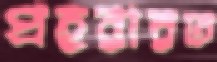
প্রহরারত